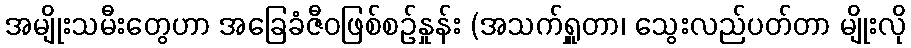
အမျိုးသမီးတွေဟာ အခြေခံဇီဝဖြစ်စဉ်နှုန်း (အသက်ရှူတာ၊ သွေးလည်ပတ်တာ မျိုးလို